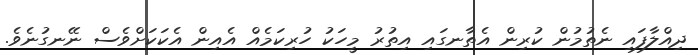
ދިއްލާފައި ނެތުމުން ކުރިން އެތާނގައި އިތުރު މީހަކު ހުރިކަމެއް އެއިން އެކަކަށްވެސް ނޭނގުނެވެ.